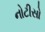
નોટીસો